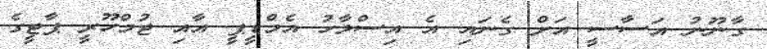
ގާނޫނު އަސާސީ އަށް ގެނައި އެ އިސްލާހު އެމްޑީޕީ އާއި ޖުމްހޫރީ ޕާޓީގެ